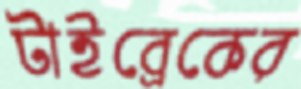
টাইব্রেকের